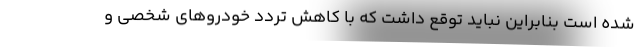
شده است بنابراین نباید توقع داشت که با کاهش تردد خودروهای شخصی و